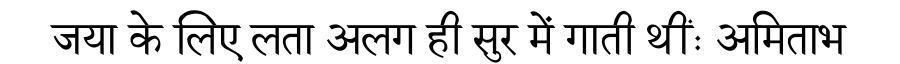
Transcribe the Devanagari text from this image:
जया के लिए लता अलग ही सुर में गाती थींः अमिताभ